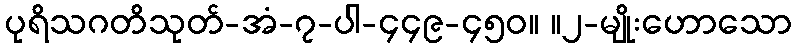
ပုရိသဂတိသုတ်-အံ-၇-ပါ-၄၄၉-၄၅၀။ ။၂-မျိုးဟောသော